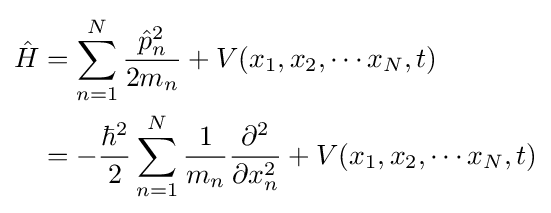
{\begin{aligned}{\hat {H}}&=\sum _{n=1}^{N}{\frac {{\hat {p}}_{n}^{2}}{2m_{n}}}+V(x_{1},x_{2},\cdots x_{N},t)\\&=-{\frac {\hbar ^{2}}{2}}\sum _{n=1}^{N}{\frac {1}{m_{n}}}{\frac {\partial ^{2}}{\partial x_{n}^{2}}}+V(x_{1},x_{2},\cdots x_{N},t)\end{aligned}}